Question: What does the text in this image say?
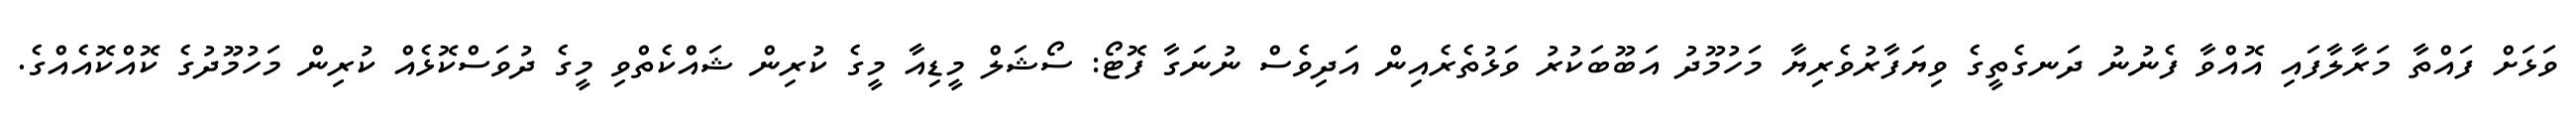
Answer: ވަޅަށް ފައްތާ މަރާލާފައި އޮއްވާ ފެނުނު ދަނގެތީގެ ވިޔަފާރުވެރިޔާ މަހުމޫދު އަބޫބަކުރު ވަޅުތެރެއިން އަދިވެސް ނުނަގާ ފޮޓޯ: ސޯޝަލް މީޑިއާ މީގެ ކުރިން ޝައްކެތްވި މީގެ ދުވަސްކޮޅެއް ކުރިން މަހުމޫދުގެ ކޮއްކޮއެއްގެ.